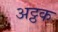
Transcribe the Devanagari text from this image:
अट्ठक